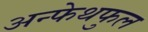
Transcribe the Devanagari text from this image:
अन्फेथफुल